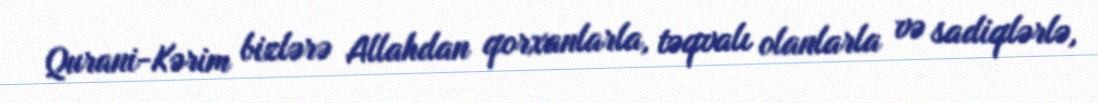
Qurani-Kərim bizlərə Allahdan qorxanlarla, təqvalı olanlarla və sadiqlərlə,